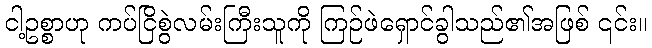
ငါ့ဥစ္စာဟု ကပ်ငြိစွဲလမ်းကြီးသူကို ကြဉ်ဖဲရှောင်ခွါသည်၏အဖြစ် ၎င်း။